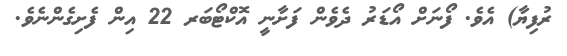
ރުފިޔާ) އެވެ. ފޯނަށް އޯޑަރު ދެވެން ފަށާނީ އޮކްޓޯބަރ 22 އިން ފެށިގެންނެވެ.